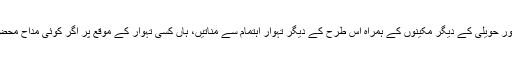
عید ہو یا دیوالی ان خاص مواقع پر وہ ہر گز محفل نہ جماتیں اور حویلی کے دیگر مکینوں کے ہمراہ اس طرح کے دیگر تہوار اہتمام سے مناتیں، ہاں کسی تہوار کے موقع پر اگر کوئی مدّاح محض ملاقات کی غرض سے آتا تو خوب خاطر مدارت کی جاتی۔